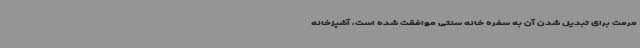
مرمت برای تبدیل شدن آن به سفره خانه سنتی موافقت شده است، آشپزخانه